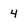
Character: 4